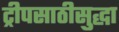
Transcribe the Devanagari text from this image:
ट्रीपसाठीसुद्धा